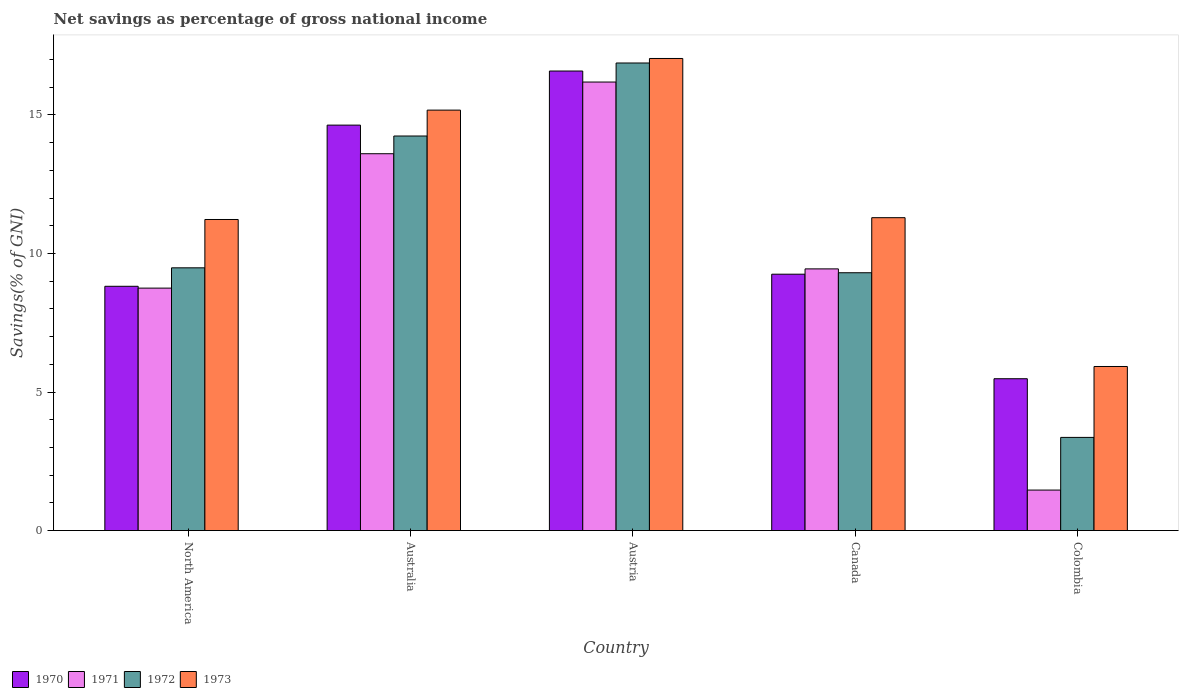
| Country | 1970 | 1971 | 1972 | 1973 |
 | --- | --- | --- | --- | --- |
 | North America | 8.82 | 8.75 | 9.48 | 11.2 |
 | Australia | 14.6 | 13.6 | 14.2 | 15.2 |
 | Austria | 16.6 | 16.2 | 16.9 | 17 |
 | Canada | 9.25 | 9.45 | 9.31 | 11.3 |
 | Colombia | 5.48 | 1.46 | 3.36 | 5.92 |